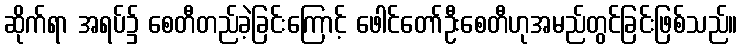
ဆိုက်ရာ အရပ်၌ စေတီတည်ခဲ့ခြင်းကြောင့် ဖေါင်တော်ဦးစေတီဟုအမည်တွင်ခြင်းဖြစ်သည်။